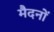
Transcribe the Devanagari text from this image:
मैदनों